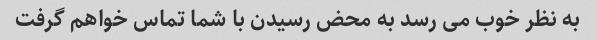
به نظر خوب می رسد به محض رسیدن با شما تماس خواهم گرفت